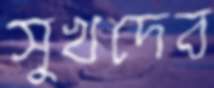
সুখদেব